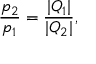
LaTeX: \frac { p _ { 2 } } { p _ { 1 } } = \frac { | Q _ { 1 } | } { | Q _ { 2 } | } ,